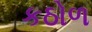
કઠોળ